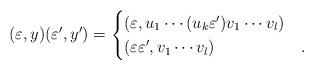
LaTeX: \begin{align*}(\varepsilon,y)(\varepsilon',y') =\begin{cases} (\varepsilon,u_1\cdots (u_k\varepsilon')v_1\cdots v_l) & \\ (\varepsilon\varepsilon', v_1\cdots v_l) &.\end{cases}\end{align*}